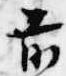
前